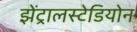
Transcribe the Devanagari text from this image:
झेंट्रालस्टेडियोन